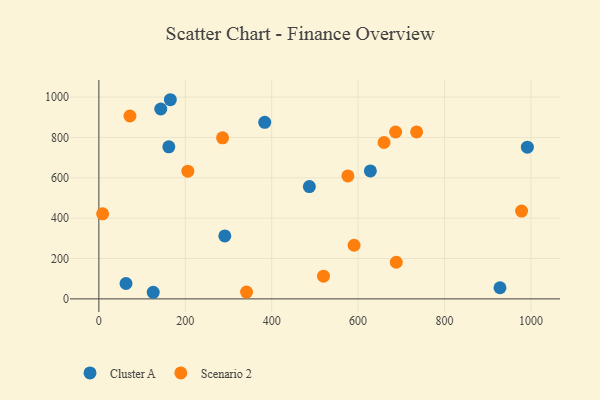
{"axis": {"x": "Ad Spend", "y": "Yield"}, "legend": ["Cluster A", "Scenario 2"], "data": [{"x": "383.9", "y": 874.7, "type": "Cluster A"}, {"x": "991.8", "y": 751.8, "type": "Cluster A"}, {"x": "165.4", "y": 986.9, "type": "Cluster A"}, {"x": "125.8", "y": 32.8, "type": "Cluster A"}, {"x": "487.2", "y": 556.6, "type": "Cluster A"}, {"x": "928.4", "y": 55.1, "type": "Cluster A"}, {"x": "628.4", "y": 634.3, "type": "Cluster A"}, {"x": "62.8", "y": 76.4, "type": "Cluster A"}, {"x": "291.5", "y": 312.0, "type": "Cluster A"}, {"x": "143.3", "y": 940.9, "type": "Cluster A"}, {"x": "161.9", "y": 753.7, "type": "Cluster A"}, {"x": "286.3", "y": 798.1, "type": "Scenario 2"}, {"x": "205.9", "y": 633.1, "type": "Scenario 2"}, {"x": "660.0", "y": 774.9, "type": "Scenario 2"}, {"x": "688.3", "y": 181.5, "type": "Scenario 2"}, {"x": "978.4", "y": 435.2, "type": "Scenario 2"}, {"x": "686.9", "y": 827.0, "type": "Scenario 2"}, {"x": "8.7", "y": 421.3, "type": "Scenario 2"}, {"x": "72.0", "y": 906.2, "type": "Scenario 2"}, {"x": "590.7", "y": 265.7, "type": "Scenario 2"}, {"x": "735.5", "y": 827.1, "type": "Scenario 2"}, {"x": "341.8", "y": 33.8, "type": "Scenario 2"}, {"x": "576.4", "y": 609.4, "type": "Scenario 2"}, {"x": "519.9", "y": 112.5, "type": "Scenario 2"}]}